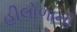
હીલોળાની